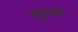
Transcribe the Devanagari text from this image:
कुदेल्का